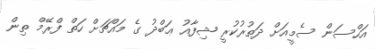
އަހްސަން ސެމީއަށް ދަތުރުކުރީ ޝިފާއު ޢަބްދު ގެ މައްޗަށް ހަތް ފްރޭމް ތިން